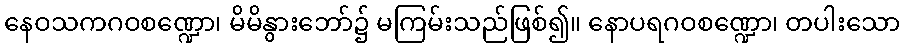
နေဝသကဂဝစဏ္ဍော၊ မိမိနွားဘော်၌ မကြမ်းသည်ဖြစ်၍။ နောပရဂဝစဏ္ဍော၊ တပါးသော